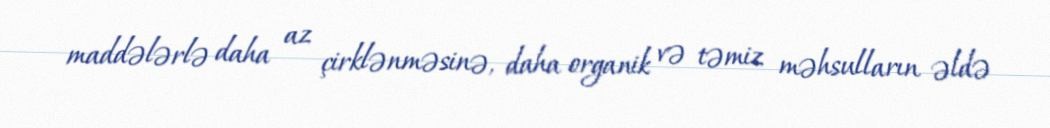
maddələrlə daha az çirklənməsinə, daha organik və təmiz məhsulların əldə